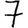
Digit: 7